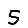
Digit: 5